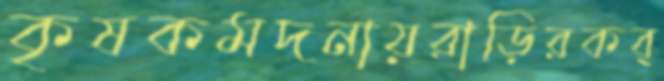
কৃষকমদনায়রাড়িরকব্